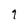
Character: 9